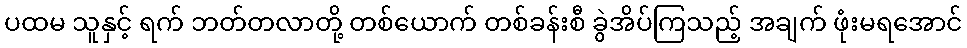
ပထမ သူနှင့် ရက် ဘတ်တလာတို့ တစ်ယောက် တစ်ခန်းစီ ခွဲအိပ်ကြသည့် အချက် ဖုံးမရအောင်